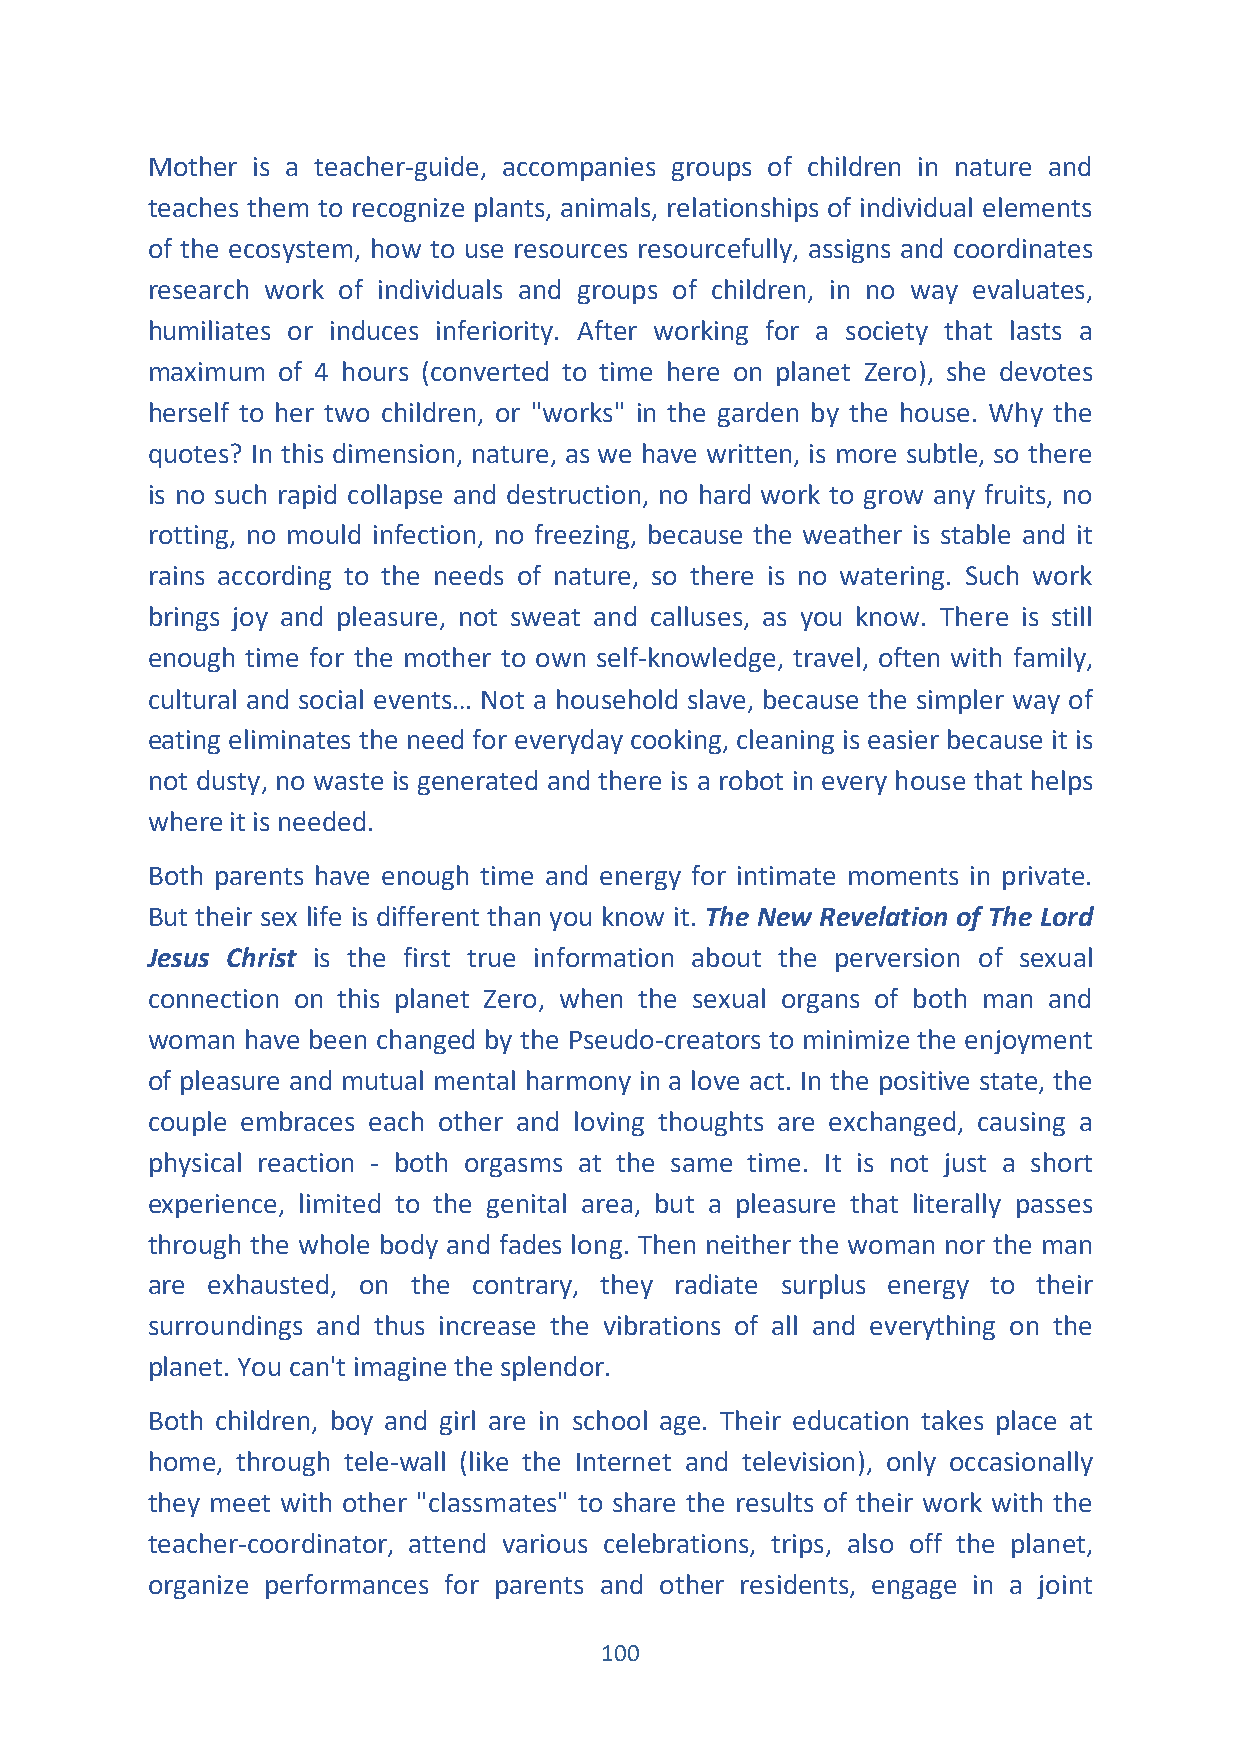
Mother is a teacher-guide, accompanies groups of children in nature and
 teaches them to recognize plants, animals, relationships of individual elements
 of the ecosystem, how to use resources resourcefully, assigns and coordinates
 research work of individuals and groups of children, in no way evaluates,
 humiliates or induces inferiority. After working for a society that lasts a
 maximum of 4 hours (converted to time here on planet Zero), she devotes
 herself to her two children, or "works" in the garden by the house. Why the
 quotes? In this dimension, nature, as we have written, is more subtle, so there
 is no such rapid collapse and destruction, no hard work to grow any fruits, no
 rotting, no mould infection, no freezing, because the weather is stable and it
 rains according to the needs of nature, so there is no watering. Such work
 brings joy and pleasure, not sweat and calluses, as you know. There is still
 enough time for the mother to own self-knowledge, travel, often with family,
 cultural and social events… Not a household slave, because the simpler way of
 eating eliminates the need for everyday cooking, cleaning is easier because it is
 not dusty, no waste is generated and there is a robot in every house that helps
 where it is needed.
 Both parents have enough time and energy for intimate moments in private.
 But their sex life is different than you know it. The New Revelation of The Lord
 Jesus Christ is the first true information about the perversion of sexual
 connection on this planet Zero, when the sexual organs of both man and
 woman have been changed by the Pseudo-creators to minimize the enjoyment
 of pleasure and mutual mental harmony in a love act. In the positive state, the
 couple embraces each other and loving thoughts are exchanged, causing a
 physical reaction - both orgasms at the same time. It is not just a short
 experience, limited to the genital area, but a pleasure that literally passes
 through the whole body and fades long. Then neither the woman nor the man
 are exhausted, on the contrary, they radiate surplus energy to their
 surroundings and thus increase the vibrations of all and everything on the
 planet. You can't imagine the splendor.
 Both children, boy and girl are in school age. Their education takes place at
 home, through tele-wall (like the Internet and television), only occasionally
 they meet with other "classmates" to share the results of their work with the
 teacher-coordinator, attend various celebrations, trips, also off the planet,
 organize performances for parents and other residents, engage in a joint
 100